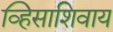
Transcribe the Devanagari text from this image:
व्हिसाशिवाय